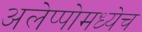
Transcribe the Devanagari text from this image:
अलेप्पोमध्येच